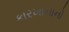
કારખાનાનો